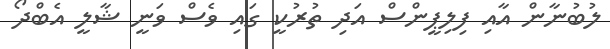
ލުބުނާން އާއި ފިލިޕީންސް އަދި ތުރުކީ ގައި ވެސް ވަނީ ޝާލީ އެބްދޯ